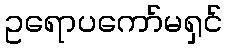
ဥရောပကော်မရှင်